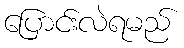
ပြောင်းလဲရမည်